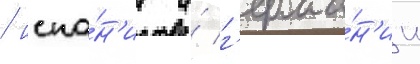
/ испа́н'ии и́ г'ерма́н'ии